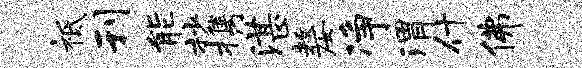
祗刊能杪携湛嫠净渭什佛